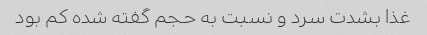
غذا بشدت سرد و نسبت به حجم گفته شده کم بود